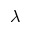
\lambda